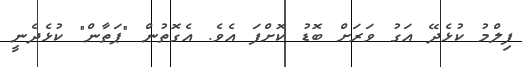
ފިލްމު ކުޅެދޭ އަގު ވަރަށް ބޮޑު ކޮށްފަ އެވެ. އެގޮތުން "ޕަތާން" ކުޅެދެނީ